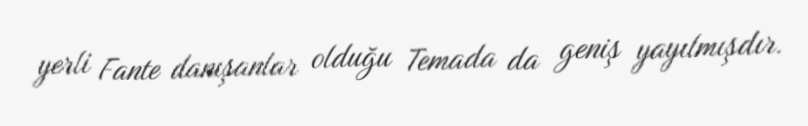
yerli Fante danışanlar olduğu Temada da geniş yayılmışdır.